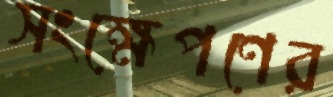
সংক্ষেপণের